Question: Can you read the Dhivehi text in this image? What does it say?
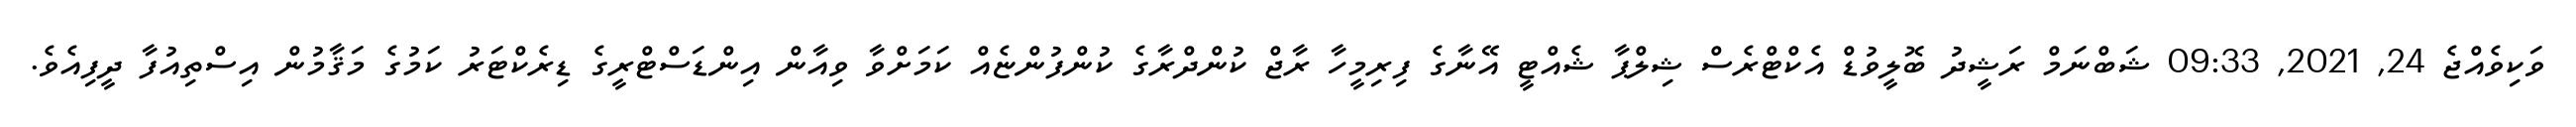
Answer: ވަކިވެއްޖެ 24, 2021, 09:33 ޝަބްނަމް ރަޝީދު ބޮލީވުޑް އެކްޓްރެސް ޝިލްޕާ ޝެއްޓީ އޭނާގެ ފިރިމީހާ ރާޖް ކުންދްރާގެ ކުންފުންޏެއް ކަމަށްވާ ވިއާން އިންޑަސްޓްރީގެ ޑިރެކްޓަރު ކަމުގެ މަޤާމުން އިސްތިއުފާ ދީފިއެވެ.